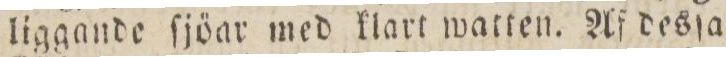
liggande ſjöar med klart watten. Af desſa